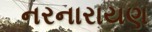
નરનારાયણ